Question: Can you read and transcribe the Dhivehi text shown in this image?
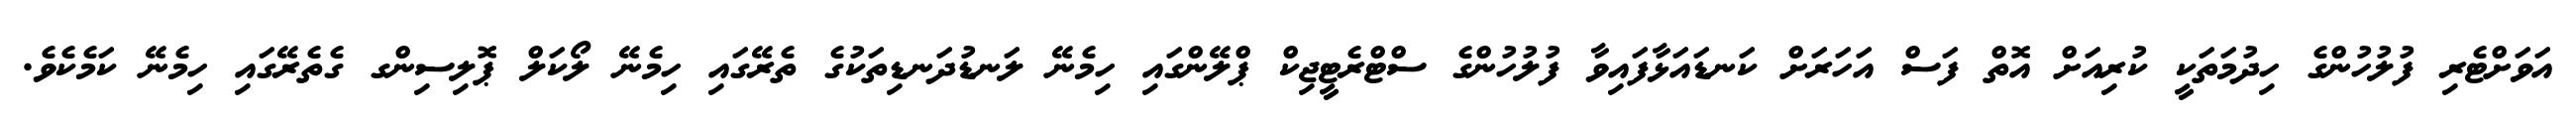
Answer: އަވަށްޓެރި ފުލުހުންގެ ހިދުމަތަކީ ކުރިއަށް އޮތް ފަސް އަހަރަށް ކަނޑައަޅާފައިވާ ފުލުހުންގެ ސްޓްރެޓީޖިކް ޕްލޭންގައި ހިމެނޭ ލަނޑުދަނޑިތަކުގެ ތެރޭގައި ހިމެނޭ ލޯކަލް ޕޮލިސިންގ ގެތެރޭގައި ހިމެނޭ ކަމެކެވެ.